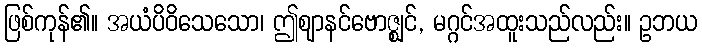
ဖြစ်ကုန်၏။ အယံပိဝိသေသော၊ ဤဈာနင်ဗောဇ္ဈင်, မဂ္ဂင်အထူးသည်လည်း။ ဥဘယ